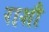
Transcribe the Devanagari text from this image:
राशौ